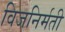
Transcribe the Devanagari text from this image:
विजनिर्मती